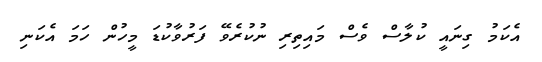
އެކަމު ގިނައީ ކުލާސް ވެސް މައިތިރި ނުކުރެވޭ ފަރުވާކުޑަ މީހުން ހަމަ އެކަނި